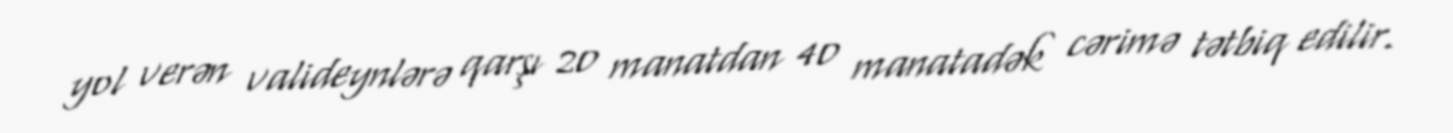
yol verən valideynlərə qarşı 20 manatdan 40 manatadək cərimə tətbiq edilir.